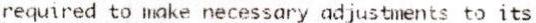
REQUIRED TO MAKE NECESSARY ADJUSTMENTS TO ITS